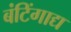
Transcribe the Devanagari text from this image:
बंटिंगाद्य